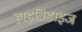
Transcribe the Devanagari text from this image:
हाइब्रिडाइज